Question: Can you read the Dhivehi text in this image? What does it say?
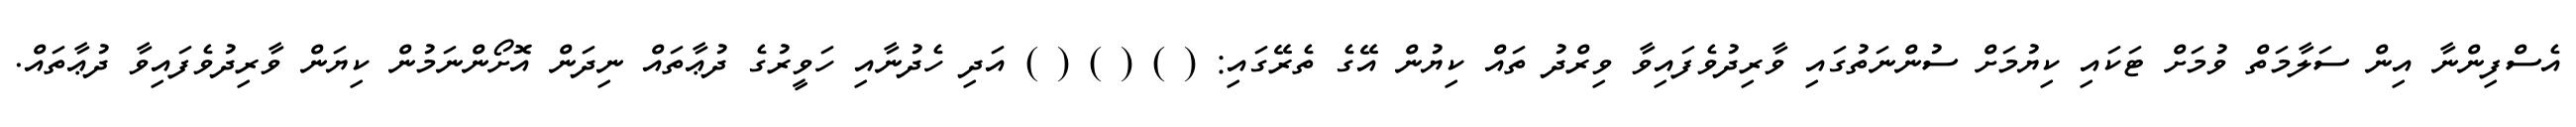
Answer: އެސްފިންނާ އިން ސަލާމަތް ވުމަށް ޓަކައި ކިޔުމަށް ސުންނަތުގައި ވާރިދުވެފައިވާ ވިރްދު ތައް ކިޔުން އޭގެ ތެރޭގައި: ( ) ( ) ( ) އަދި ހެދުނާއި ހަވީރުގެ ދުޢާތައް ނިދަން އޮށޯންނަމުން ކިޔަން ވާރިދުވެފައިވާ ދުޢާތައް.